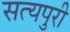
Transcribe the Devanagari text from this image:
सत्यपुरी